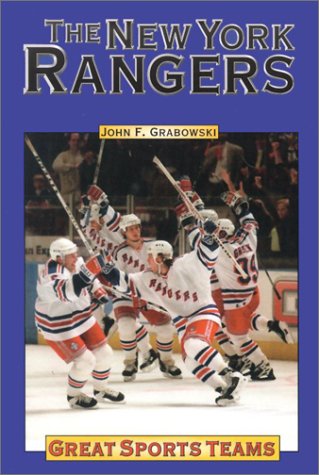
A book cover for New York Rangers (Great Sports Teams in History); John F. Grabowski; Teen & Young Adult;